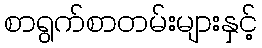
စာရွက်စာတမ်းများနှင့်